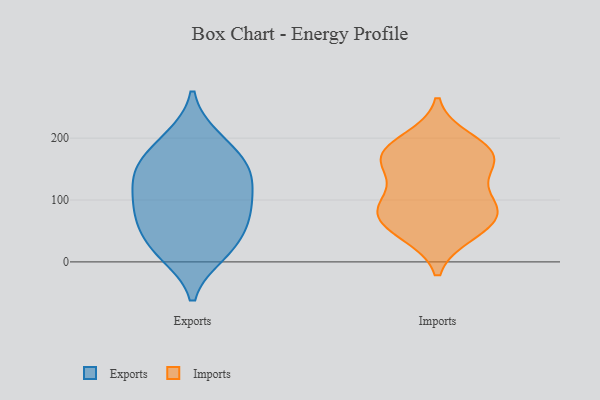
{"axis": {"x": "Backlog", "y": "Value"}, "legend": ["Exports", "Imports"], "data": [{"x": "", "y": 200, "type": "Exports"}, {"x": "", "y": 148, "type": "Exports"}, {"x": "", "y": 82, "type": "Exports"}, {"x": "", "y": 13, "type": "Exports"}, {"x": "", "y": 156, "type": "Exports"}, {"x": "", "y": 29, "type": "Exports"}, {"x": "", "y": 16, "type": "Exports"}, {"x": "", "y": 93, "type": "Exports"}, {"x": "", "y": 49, "type": "Exports"}, {"x": "", "y": 80, "type": "Exports"}, {"x": "", "y": 153, "type": "Exports"}, {"x": "", "y": 130, "type": "Exports"}, {"x": "", "y": 133, "type": "Exports"}, {"x": "", "y": 193, "type": "Exports"}, {"x": "", "y": 79, "type": "Exports"}, {"x": "", "y": 161, "type": "Imports"}, {"x": "", "y": 85, "type": "Imports"}, {"x": "", "y": 169, "type": "Imports"}, {"x": "", "y": 98, "type": "Imports"}, {"x": "", "y": 69, "type": "Imports"}, {"x": "", "y": 50, "type": "Imports"}, {"x": "", "y": 80, "type": "Imports"}, {"x": "", "y": 97, "type": "Imports"}, {"x": "", "y": 180, "type": "Imports"}, {"x": "", "y": 171, "type": "Imports"}, {"x": "", "y": 153, "type": "Imports"}, {"x": "", "y": 46, "type": "Imports"}, {"x": "", "y": 197, "type": "Imports"}]}